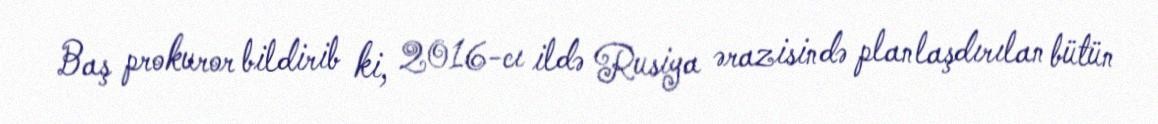
Baş prokuror bildirib ki, 2016-cı ildə Rusiya ərazisində planlaşdırılan bütün